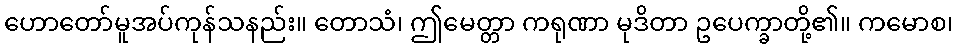
ဟောတော်မူအပ်ကုန်သနည်း။ တောသံ၊ ဤမေတ္တာ ကရုဏာ မုဒိတာ ဥပေက္ခာတို့၏။ ကမောစ၊